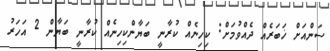
ސަންއަށް ޚަބަރެއް ދެއްވުމަށް: ކިހިނެއް ކުރާނީ ބަޔާންކިހިނެއް ކުރާނީ ބަޔާން 2 އަހަރު